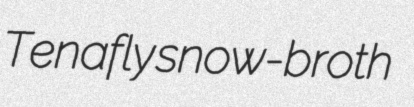
Tenafly snow-broth